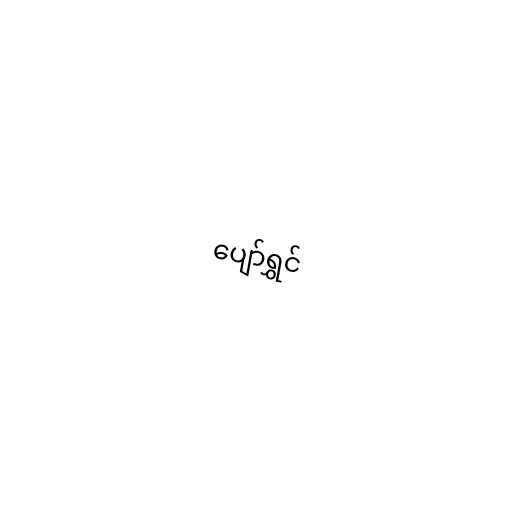
ပျော်ရွှင်